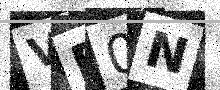
Text: VR0N